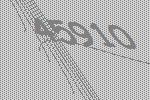
45910